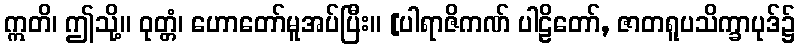
ဣတိ၊ ဤသို့။ ဝုတ္တံ၊ ဟောတော်မူအပ်ပြီး။ [ပါရာဇိကဏ် ပါဠိတော်, ဇာတရူပသိက္ခာပုဒ်၌